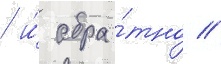
/ и́ обра́тно //